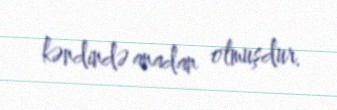
kəndində anadan olmuşdur.